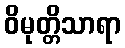
ဝိမုတ္တိသာရာ